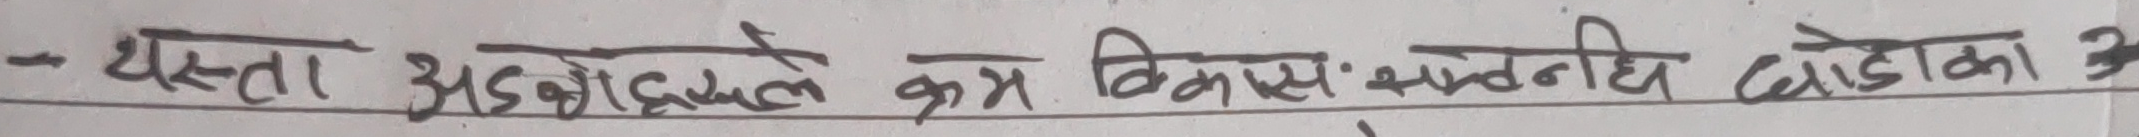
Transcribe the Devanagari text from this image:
यस्ता अङ्कहरुले कम विकास अन्तर्गत छोडेका छन ।